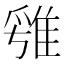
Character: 𨿁